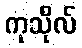
ကုသိုလ်